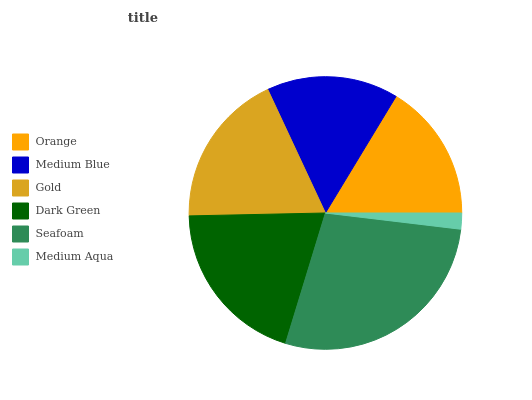
| Orange | Medium Blue | Gold | Dark Green | Seafoam | Medium Aqua |
 | --- | --- | --- | --- | --- | --- |
 | 16.4% | 15.6% | 18.4% | 19.9% | 27.8% | 1.89% |